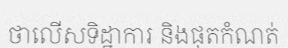
ថាលើសទិដ្ឋាការ និងផុតកំណត់